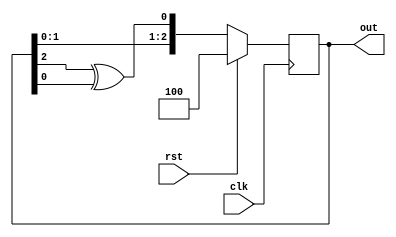
module PRPG (
           input  clk,          // 1-bit clock
           input  rst,          // 1-bit clear Active-high synchronous
           output reg[3:1] out  // 3-bit result
       );

initial
    out = 3;

always@ (posedge clk) begin
    if(rst)
        out <= 4;
    else begin
        // out[3] <= out[2];
        // out[2] <= out[1];
        // out[1] <= out[1] ^ out[3];
        out <= {out[2:1], out[3]^out[1]};
    end
end
endmodule